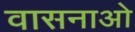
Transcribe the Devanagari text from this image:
वासनाओ